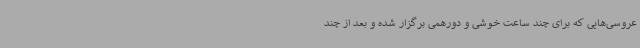
عروسی‌هایی که برای چند ساعت خوشی و دورهمی برگزار شده و بعد از چند